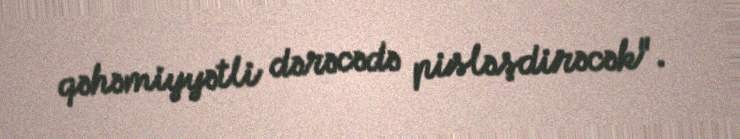
qəhəmiyyətli dərəcədə pisləşdirəcək".